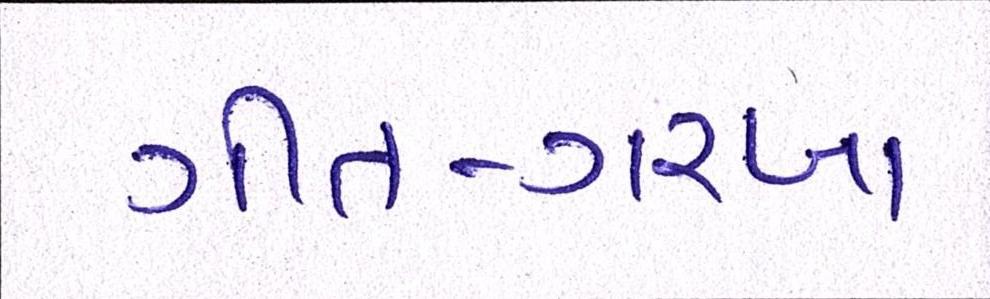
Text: ગીત-ગરબા